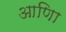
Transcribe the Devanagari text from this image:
आणिा